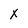
Character: X